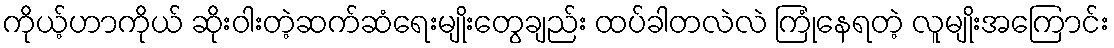
ကိုယ့်ဟာကိုယ် ဆိုးဝါးတဲ့ဆက်ဆံရေးမျိုးတွေချည်း ထပ်ခါတလဲလဲ ကြုံနေရတဲ့ လူမျိုးအကြောင်း